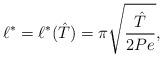
LaTeX: \begin{align*}\ell^* = \ell^*(\hat{T}) = \pi \sqrt{\frac{\hat{T}}{2Pe}},\end{align*}